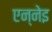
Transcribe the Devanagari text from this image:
एन्नेइ